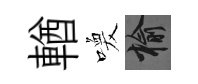
輶喚榆